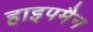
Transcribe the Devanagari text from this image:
हाइपमैन